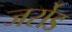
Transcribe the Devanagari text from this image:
जर्रोड